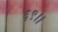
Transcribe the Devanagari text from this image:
६९।।